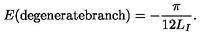
E ( \mathrm { d e g e n e r a t e b r a n c h } ) = - \frac { \pi } { 1 2 L _ { I } } .